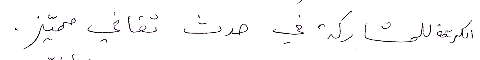
الكريمة للمشاركة في حدث ثقافي مميّز